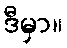
ဒီမှာ။